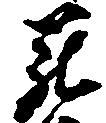
罷